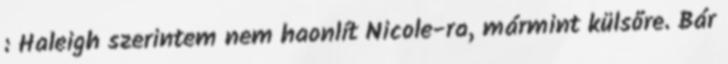
: Haleigh szerintem nem haonlít Nicole-ra, mármint külsőre. Bár